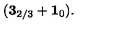
( { \bf 3 } _ { 2 / 3 } + { \bf 1 } _ { 0 } ) .